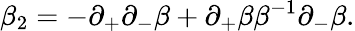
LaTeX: \beta_{2}=-\partial_{+}\partial_{-}\beta+\partial_{+}\beta\beta^{-1}\partial_{-}\beta.